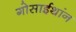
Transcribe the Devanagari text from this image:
गोसाईथांन